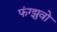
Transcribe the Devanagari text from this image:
फंग्झुवो